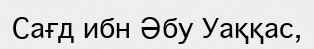
Сағд ибн Әбу Уаққас,